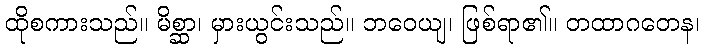
ထိုစကားသည်။ မိစ္ဆာ၊ မှားယွင်းသည်။ ဘဝေယျ၊ ဖြစ်ရာ၏။ တထာဂတေန၊